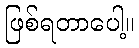
ဖြစ်ရတာပေါ့။